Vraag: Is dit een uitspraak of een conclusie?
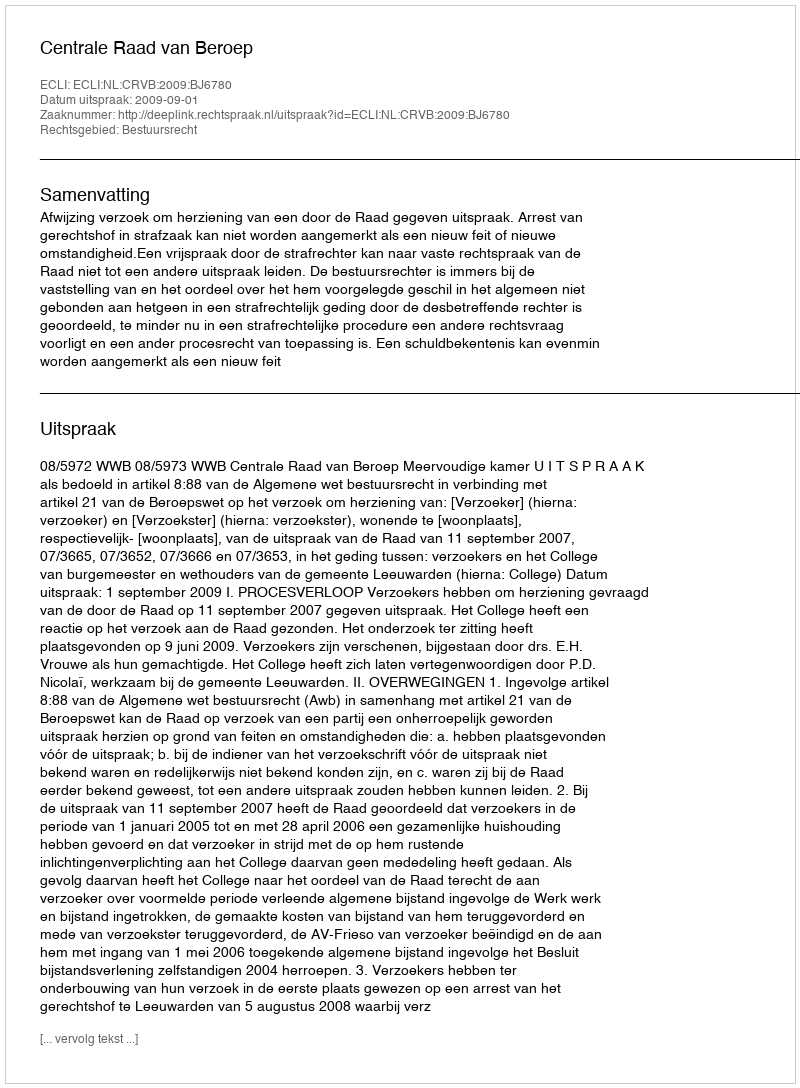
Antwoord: Uitspraak